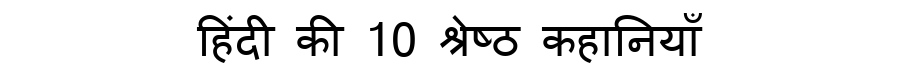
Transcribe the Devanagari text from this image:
हिंदी की 10 श्रेष्ठ कहानियाँ